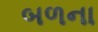
બળના